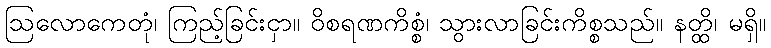
ဩလောကေတုံ၊ ကြည့်ခြင်းငှာ။ ဝိစရဏကိစ္စံ၊ သွားလာခြင်းကိစ္စသည်။ နတ္ထိ၊ မရှိ။